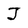
Character: J